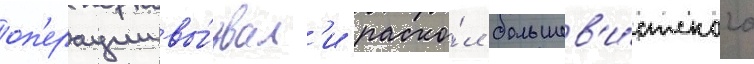
оп'ерации вы́звал'и раско́л большев'и́стского